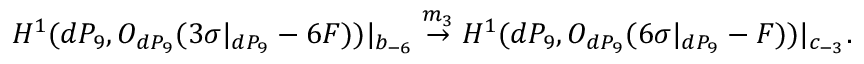
H ^ { 1 } ( d P _ { 9 } , { \cal O } _ { d P _ { 9 } } ( 3 \sigma | _ { d P _ { 9 } } - 6 F ) ) | _ { b _ { - 6 } } \stackrel { m _ { 3 } } { \rightarrow } H ^ { 1 } ( d P _ { 9 } , { \cal O } _ { d P _ { 9 } } ( 6 \sigma | _ { d P _ { 9 } } - F ) ) | _ { c _ { - 3 } } .